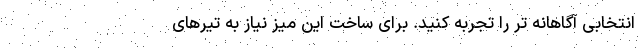
انتخابی آگاهانه تر را تجربه کنید. برای ساخت این میز نیاز به تیرهای